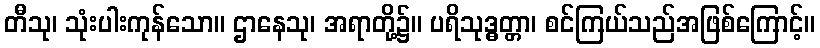
တီသု၊ သုံးပါးကုန်သော။ ဌာနေသု၊ အရာတို့၌။ ပရိသုဒ္ဓတ္တာ၊ စင်ကြယ်သည်အဖြစ်ကြောင့်။